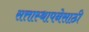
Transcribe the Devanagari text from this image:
सत्तास्थापनेसाठी